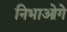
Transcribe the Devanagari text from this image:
निभाओगे